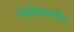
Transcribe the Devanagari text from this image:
संज्ञेबाबतीत